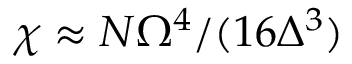
{ \chi \approx N \Omega ^ { 4 } / ( 1 6 \Delta ^ { 3 } ) }